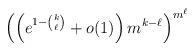
LaTeX: \begin{align*}\left(\left(e^{1-\binom{k}{\ell}}+o(1)\right)m^{k-\ell}\right)^{m^\ell}\end{align*}